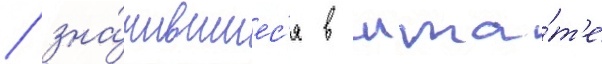
/ зна́чившиес'я в шта́т'е